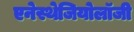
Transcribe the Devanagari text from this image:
एनेस्थेजियोलॉजी